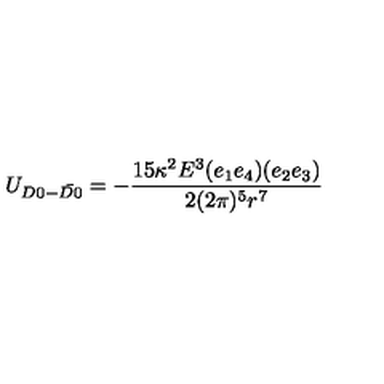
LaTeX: U _ { D 0 - \bar { D 0 } } = - \frac { 1 5 \kappa ^ { 2 } E ^ { 3 } ( e _ { 1 } e _ { 4 } ) ( e _ { 2 } e _ { 3 } ) } { 2 ( 2 \pi ) ^ { 5 } r ^ { 7 } }